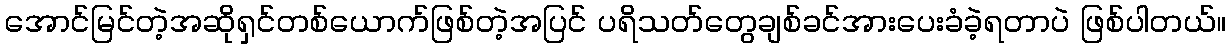
အောင်မြင်တဲ့အဆိုရှင်တစ်ယောက်ဖြစ်တဲ့အပြင် ပရိသတ်တွေချစ်ခင်အားပေးခံခဲ့ရတာပဲ ဖြစ်ပါတယ်။